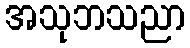
အသုဘသညာ